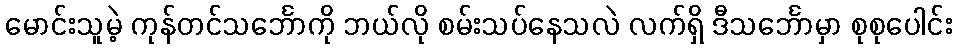
မောင်းသူမဲ့ ကုန်တင်သင်္ဘောကို ဘယ်လို စမ်းသပ်နေသလဲ လက်ရှိ ဒီသင်္ဘောမှာ စုစုပေါင်း